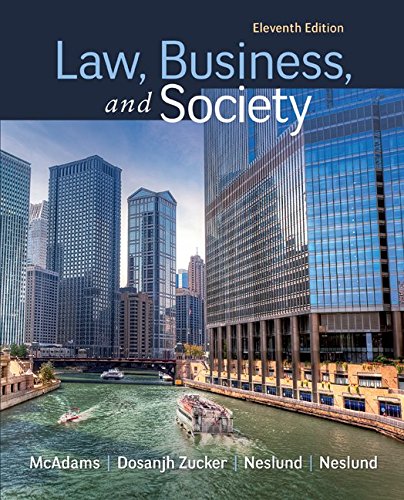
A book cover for Law, Business and Society; Tony McAdams; Law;